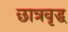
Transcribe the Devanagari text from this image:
छात्रवृद्ध